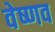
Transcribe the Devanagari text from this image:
वेष्णव